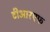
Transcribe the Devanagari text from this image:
टीआरएफ